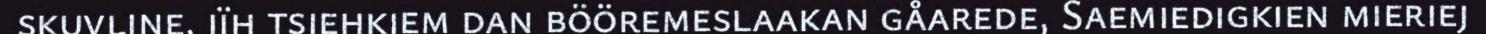
skuvline, jïh tsiehkiem dan bööremeslaakan gåarede, Saemiedigkien mieriej